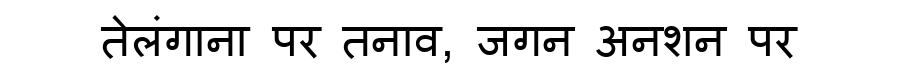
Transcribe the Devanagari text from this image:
तेलंगाना पर तनाव, जगन अनशन पर